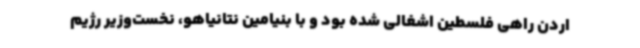
اردن راهی فلسطین اشغالی شده بود و با بنیامین نتانیاهو، نخست‌وزیر رژیم